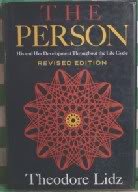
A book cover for The Person, His and Her Development Throughout the Life Cycle; Theodore Lidz; Self-Help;